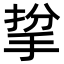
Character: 㧳